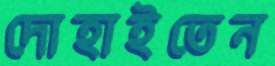
দোহাইতেন